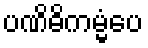
ပဏိဓိကမ္မံပေ